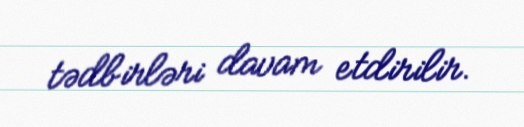
tədbirləri davam etdirilir.